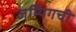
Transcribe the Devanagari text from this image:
जम्पिंगची